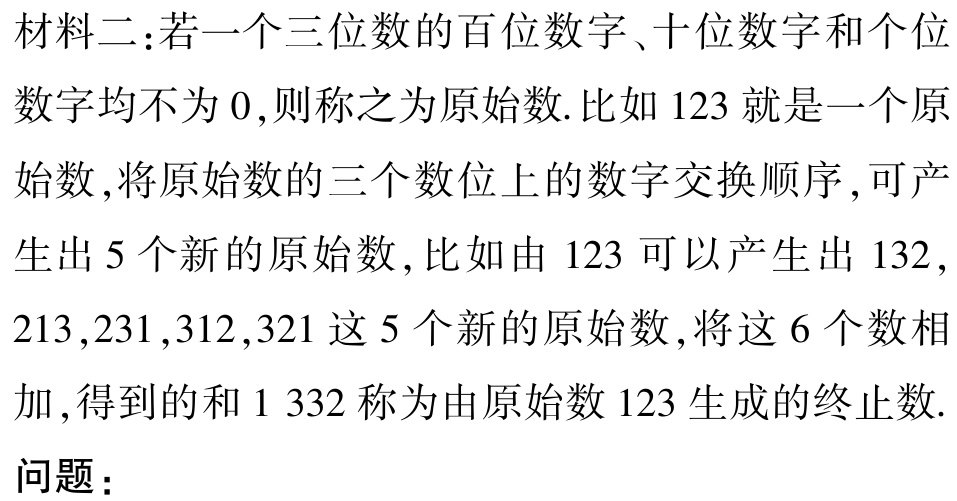
材料二：若一个三位数的百位数字、十位数字和个位

数字均不为 \(0\)，则称之为原始数. 比如 \(123\) 就是一个原

始数，将原始数的三个数位上的数字交换顺序，可产

生出 \(5\) 个新的原始数，比如由 \(123\) 可以产生出 \(132\)，

\(213,231,312,321\) 这 \(5\) 个新的原始数，将这 \(6\) 个数相

加，得到的和 \(1\ 332\) 称为由原始数 \(123\) 生成的终止数.

问题：